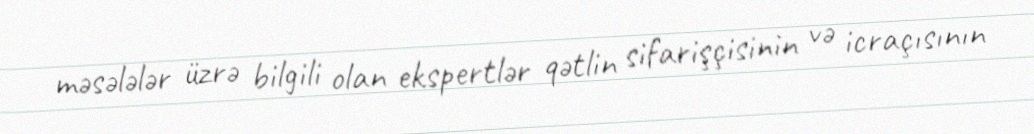
məsələlər üzrə bilgili olan ekspertlər qətlin sifarişçisinin və icraçısının